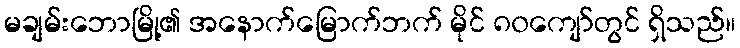
မချမ်းဘောမြို့၏ အနောက်မြောက်ဘက် မိုင် ၈၀ကျော်တွင် ရှိသည်။